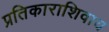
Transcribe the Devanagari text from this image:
प्रतिकाराशिवाय